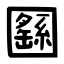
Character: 㘥